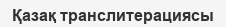
Қазақ транслитерациясы